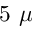
5 ~ \mu